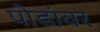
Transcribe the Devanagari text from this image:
पोडांवर